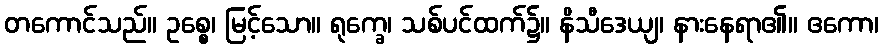
တကောင်သည်။ ဥစ္စေ၊ မြင့်သော။ ရုက္ခေ၊ သစ်ပင်ထက်၌။ နိသီဒေယျ၊ နားနေရာ၏။ ဧကော၊